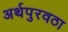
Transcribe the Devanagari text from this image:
अर्थपुरवठा